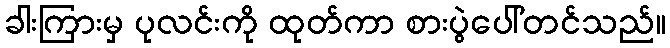
ခါးကြားမှ ပုလင်းကို ထုတ်ကာ စားပွဲပေါ်တင်သည်။